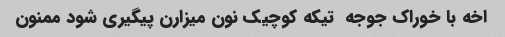
اخه با خوراک جوجه  تیکه کوچیک نون میزارن پیگیری شود ممنون